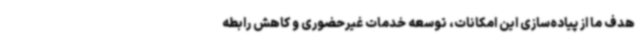
هدف ما از پیاده‌سازی این امکانات، توسعه خدمات غیرحضوری و کاهش رابطه